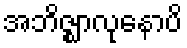
အဘိဇ္ဈာလုနောပိ